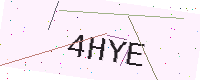
Text: 4HYE